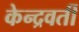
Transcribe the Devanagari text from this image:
केन्द्रवर्ती